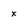
Character: x